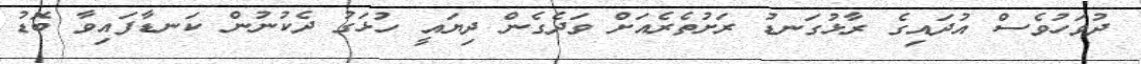
ދުވަހުވެސް އުދައިގެ ރާޅުގަނޑު ރަށުތެރެއަށް ވަދެގެން ދިޔައީ ހުޅަގު ދެކުނުން ކަނޑާފައިވާ ބޮޑު